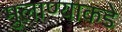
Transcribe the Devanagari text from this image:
मुलाण्याकडे